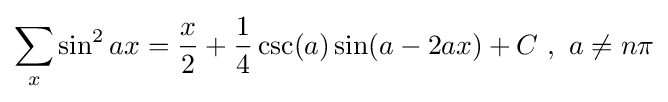
\sum _{x}\sin ^{2}ax={\frac {x}{2}}+{\frac {1}{4}}\csc(a)\sin(a-2ax)+C\,\,,\,\,a\neq n\pi